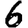
Digit: 6